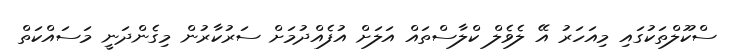
ސްކޫލްތަކުގައި މިއަހަރު އޭ ލެވެލް ކްލާސްތައް އަލަށް އުފެއްދުމަށް ސަރުކާރުން މިގެންދަނީ މަސައްކަތް